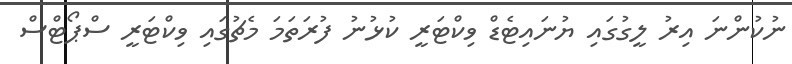
ނުކުންނަ އިރު ލީގުގައި ޔުނައިޓެޑް ވިކްޓަރީ ކުޅުނު ފުރަތަމަ މެޗުގައި ވިކްޓަރީ ސްޕޯޓްސް